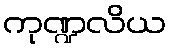
ကုဏ္ဍလိယ